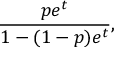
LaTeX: { \frac { p e ^ { t } } { 1 - ( 1 - p ) e ^ { t } } } ,